Source: Computer-generated
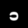
Digit: ၁ (1)